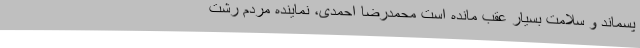
پسماند و سلامت بسیار عقب مانده است محمدرضا احمدی، نماینده مردم رشت